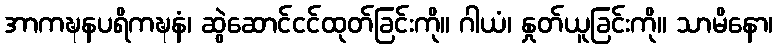
အာကဍ္ဎနပရိကဍ္ဎနံ၊ ဆွဲဆောင်ငင်ထုတ်ခြင်းကို။ ဂါယံ၊ နှုတ်ယူခြင်းကို။ သာမိနော၊